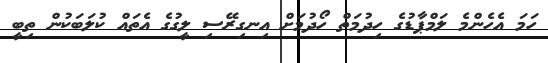
ހަމަ އެހެންމެ ލަމްޕާޑުގެ ހިދުމަތް ހޯދުމަށް އިނގިރޭސި ލީގުގެ އެތައް ކުލަބަކުން ތިބީ